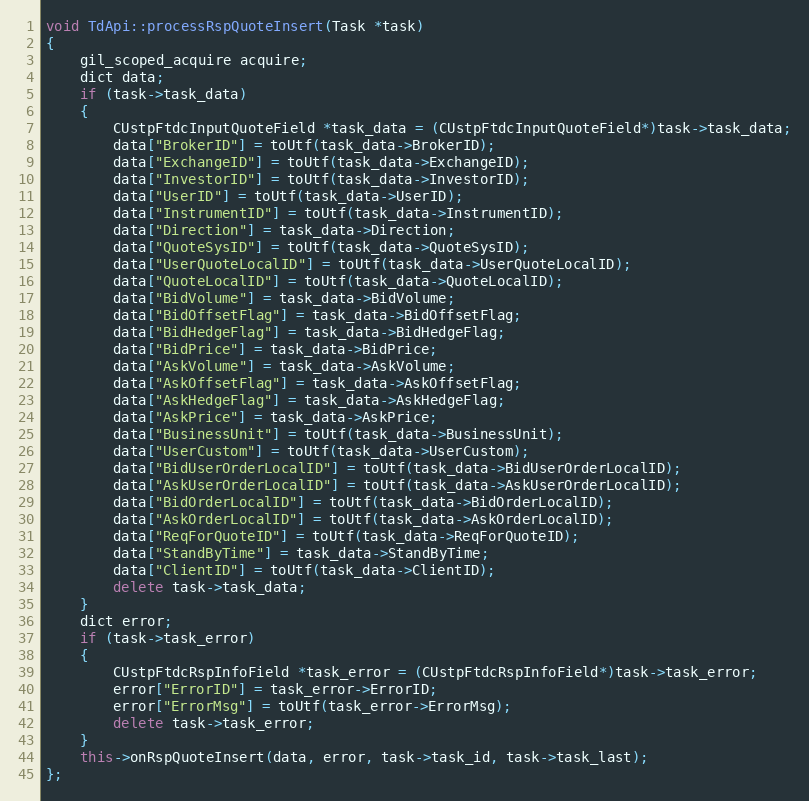
Language: C++
void TdApi::processRspQuoteInsert(Task *task)
{
	gil_scoped_acquire acquire;
	dict data;
	if (task->task_data)
	{
		CUstpFtdcInputQuoteField *task_data = (CUstpFtdcInputQuoteField*)task->task_data;
		data["BrokerID"] = toUtf(task_data->BrokerID);
		data["ExchangeID"] = toUtf(task_data->ExchangeID);
		data["InvestorID"] = toUtf(task_data->InvestorID);
		data["UserID"] = toUtf(task_data->UserID);
		data["InstrumentID"] = toUtf(task_data->InstrumentID);
		data["Direction"] = task_data->Direction;
		data["QuoteSysID"] = toUtf(task_data->QuoteSysID);
		data["UserQuoteLocalID"] = toUtf(task_data->UserQuoteLocalID);
		data["QuoteLocalID"] = toUtf(task_data->QuoteLocalID);
		data["BidVolume"] = task_data->BidVolume;
		data["BidOffsetFlag"] = task_data->BidOffsetFlag;
		data["BidHedgeFlag"] = task_data->BidHedgeFlag;
		data["BidPrice"] = task_data->BidPrice;
		data["AskVolume"] = task_data->AskVolume;
		data["AskOffsetFlag"] = task_data->AskOffsetFlag;
		data["AskHedgeFlag"] = task_data->AskHedgeFlag;
		data["AskPrice"] = task_data->AskPrice;
		data["BusinessUnit"] = toUtf(task_data->BusinessUnit);
		data["UserCustom"] = toUtf(task_data->UserCustom);
		data["BidUserOrderLocalID"] = toUtf(task_data->BidUserOrderLocalID);
		data["AskUserOrderLocalID"] = toUtf(task_data->AskUserOrderLocalID);
		data["BidOrderLocalID"] = toUtf(task_data->BidOrderLocalID);
		data["AskOrderLocalID"] = toUtf(task_data->AskOrderLocalID);
		data["ReqForQuoteID"] = toUtf(task_data->ReqForQuoteID);
		data["StandByTime"] = task_data->StandByTime;
		data["ClientID"] = toUtf(task_data->ClientID);
		delete task->task_data;
	}
	dict error;
	if (task->task_error)
	{
		CUstpFtdcRspInfoField *task_error = (CUstpFtdcRspInfoField*)task->task_error;
		error["ErrorID"] = task_error->ErrorID;
		error["ErrorMsg"] = toUtf(task_error->ErrorMsg);
		delete task->task_error;
	}
	this->onRspQuoteInsert(data, error, task->task_id, task->task_last);
};